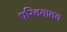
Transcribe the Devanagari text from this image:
परिचयातच